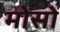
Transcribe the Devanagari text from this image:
मोसों